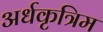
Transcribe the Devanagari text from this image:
अर्धकृत्रिम